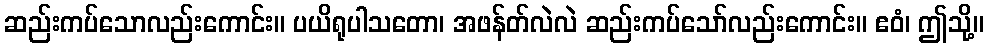
ဆည်းကပ်သောလည်းကောင်း။ ပယိရုပါသတော၊ အဖန်တ်လဲလဲ ဆည်းကပ်သော်လည်းကောင်း။ ဧဝံ၊ ဤသို့။